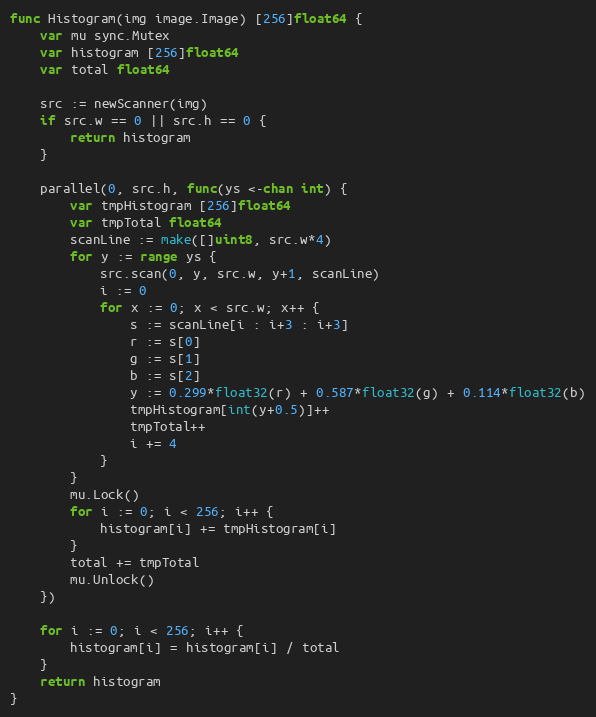
Language: Go
func Histogram(img image.Image) [256]float64 {
	var mu sync.Mutex
	var histogram [256]float64
	var total float64

	src := newScanner(img)
	if src.w == 0 || src.h == 0 {
		return histogram
	}

	parallel(0, src.h, func(ys <-chan int) {
		var tmpHistogram [256]float64
		var tmpTotal float64
		scanLine := make([]uint8, src.w*4)
		for y := range ys {
			src.scan(0, y, src.w, y+1, scanLine)
			i := 0
			for x := 0; x < src.w; x++ {
				s := scanLine[i : i+3 : i+3]
				r := s[0]
				g := s[1]
				b := s[2]
				y := 0.299*float32(r) + 0.587*float32(g) + 0.114*float32(b)
				tmpHistogram[int(y+0.5)]++
				tmpTotal++
				i += 4
			}
		}
		mu.Lock()
		for i := 0; i < 256; i++ {
			histogram[i] += tmpHistogram[i]
		}
		total += tmpTotal
		mu.Unlock()
	})

	for i := 0; i < 256; i++ {
		histogram[i] = histogram[i] / total
	}
	return histogram
}